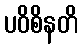
ပဝိစိနတိ